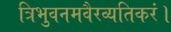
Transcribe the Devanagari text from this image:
त्रिभुवनमवैरव्यतिकरं।